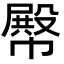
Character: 𢅝